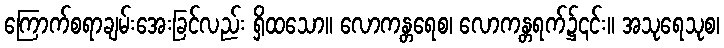
ကြောက်စရာချမ်းအေးခြင်လည်း ရှိထသော။ လောကန္တရေစ၊ လောကန္တရက်၌၎င်း။ အသုရေသုစ၊